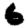
Digit: 6